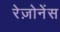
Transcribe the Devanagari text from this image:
रेज़ोनेंस